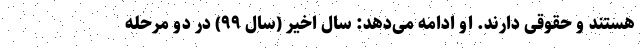
هستند و حقوقی دارند. او ادامه می‌دهد: سال اخیر (سال ۹۹) در دو مرحله